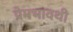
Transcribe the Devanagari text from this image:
प्रेमभावथी